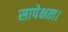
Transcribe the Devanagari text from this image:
सापेक्षता।